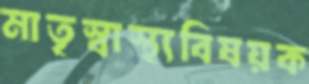
মাতৃস্বাস্থ্যবিষয়ক